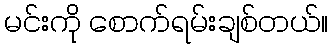
မင်းကို စောက်ရမ်းချစ်တယ်။